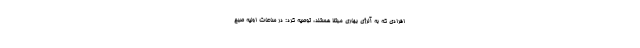
افرادی که به آلرژی بهاری مبتلا هستند، توصیه کرد: در ساعات اولیه صبح